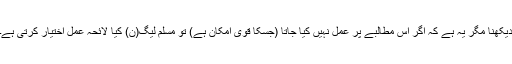
دیکھنا مگر یہ ہے کہ اگر اس مطالبے پر عمل نہیں کیا جاتا (جسکا قوی امکان ہے) تو مسلم لیگ(ن) کیا لائحہ عمل اختیار کرتی ہے۔